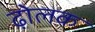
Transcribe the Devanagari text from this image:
ढ़ोलक